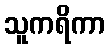
သူကရိကာ